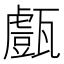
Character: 𤮙